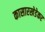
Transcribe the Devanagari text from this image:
कासारखेडेकर